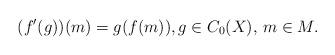
LaTeX: \begin{align*}(f'(g))(m)=g(f(m)),g\in C_0(X),\, m\in M.\end{align*}